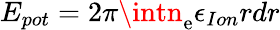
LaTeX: E_{pot}=2\pi\intn_{\mathrm{e}}\epsilon_{Ion}rdr